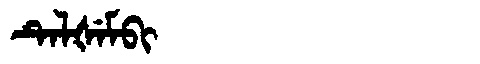
Manchu: ᡨᡝᠯᡧᡝᠮᠪᡳ
Romanization: TELŠEMBI